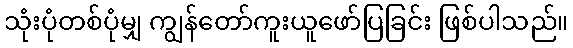
သုံးပုံတစ်ပုံမျှ ကျွန်တော်ကူးယူဖော်ပြခြင်း ဖြစ်ပါသည်။